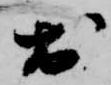
於